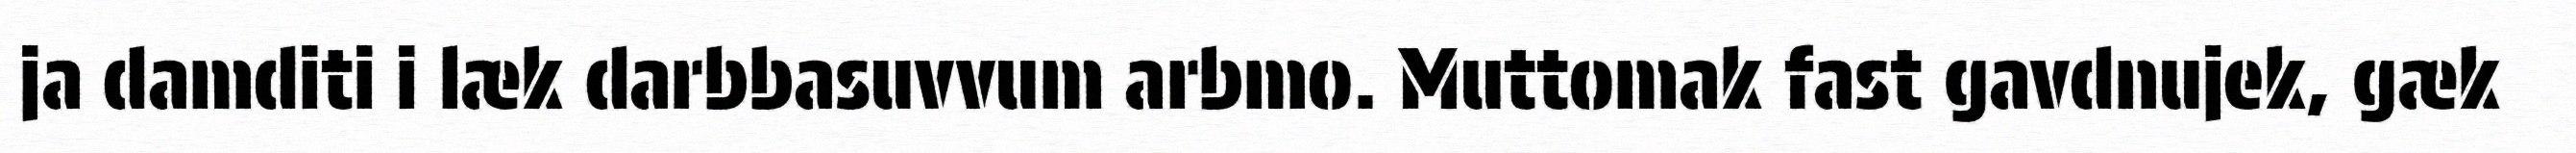
ja damditi i læk darbbasuvvum arbmo. Muttomak fast gavdnujek, gæk